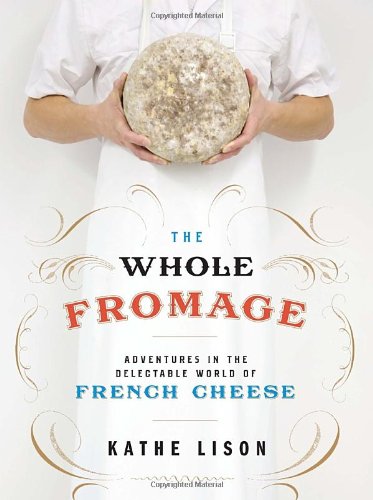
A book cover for The Whole Fromage: Adventures in the Delectable World of French Cheese; Kathe Lison; Cookbooks, Food & Wine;